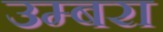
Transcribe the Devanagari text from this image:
उम्बरा